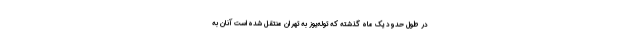
در طول حدود یک ماه گذشته که توله‌یوز به تهران منتقل شده‌است آنان به